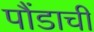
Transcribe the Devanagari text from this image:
पौंडाची